Report on the cholera epidemic of
Year: 1868
Disease focus: Cholera
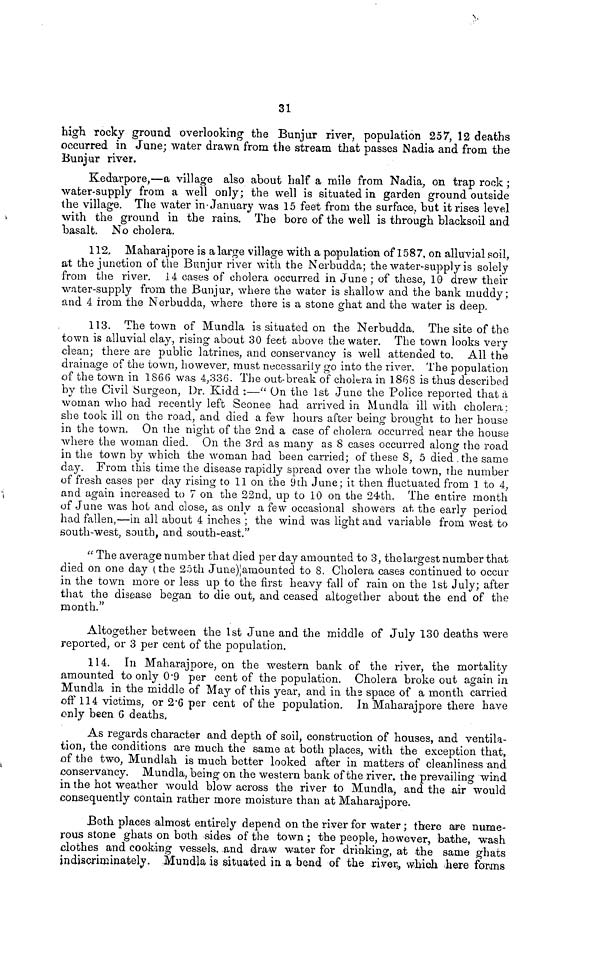
31
high rocky ground overlooking the Bunjur river, population 257, 12 deaths
occurred in June; water drawn from the stream that passes Nadia and from the
Bunjur river.
Kedarpore,—a village also about half a mile from Nadia, on trap rook ;
water-supply from a well only; the well is situated in garden ground outside
the village. The water in January was 15 feet from the surface, but it rises level
with the ground in the rains. The bore of the well is through blacksoil and
basalt. No cholera.
112. Mahorajpore is a large village with a population of 1587, on alluvial soil,
at the junction of the Bunjur river with the Nerbudda; the water-supply is solely
from the river. 14 cases of cholera occurred in June ; of these, 10 drew their
water-supply from the Bunjur, where the water is shallow and the bank muddy ;
and 4 from the Nerbudda, where there is a stone ghat and the water is deep.
113. The town of Mundla is situated on the Nerbudda. The site of the
town is alluvial clay, rising about 30 feet above the water. The town looks very
clean; there are public latrines, and conservancy is well attended to. All the
drainage of the town, however, must necessarily go into the river. The population
of the town in 1866 was 4,336. The out-break of cholera in 1868 is thus described
by the Civil Surgeon, Dr. Kidd :—" On the 1st June the Police reported that à
woman who had recently left Seonee had arrived in Mundla ill with cholera;
she took ill on the road, and died a few hours after being brought to her house
in the town. On the night of the 2nd a case of cholera occurred near the house
where the woman died. On the 3rd as many as 8 cases occurred along the road
in the town by which the woman had been carried; of these 8, 5 died the same
day. From this time the disease rapidly spread over the whole town, the number
of fresh cases per day rising to 11 on the 9th June ; it then fluctuated from 1 to 4,
and again increased to 7 on the 22nd, up to 10 on the 24th. The entire month
of June was hot and close, as only a few occasional showers at the early period
had fallen,—in all about 4 inches ; the wind was light and variable from west to
south-west, south, and south-east."
" The average number that died per day amounted to 3, the largest number that
died on one day (the 25th June) amounted to 8. Cholera cases continued to occur
in the town more or less up to the first heavy fall of rain on the 1st July; after
that the disease began to die out, and ceased altogether about the end of the
month."
Altogether between the 1st June and the middle of July 130 deaths were
reported, or 3 per cent of the population.
114. In Maharajpore, on the western bank of the river, the mortality
amounted to only 0 . 9 per cent of the population. Cholera broke out again in
Mundla in the middle of May of this year, and in the space of a month carried
off 114 victims, or 2 . 6 per cent of the population. In Maharajpore there have
only been G deaths,
As regards character and depth of soil, construction of houses, and ventila-
tion, the conditions are much the same at both places, with the exception that,
of the two, Mundlah is much better looked after in matters of cleanliness and
conservancy. Mundla, being on the western bank of the river, the prevailing wind
in the hot weather would blow across the river to Mundla, and the air would
consequently contain rather more moisture than at Maharajpore.
Both places almost entirely depend on the river for water ; there are nume-
rous stone ghats on both sides of the town ; the people, however, bathe, wash
clothes and cooking vessels, and draw water for drinking, at the same ghats
indiscriminately. Mundla is situated in a bend of the river, which here forms